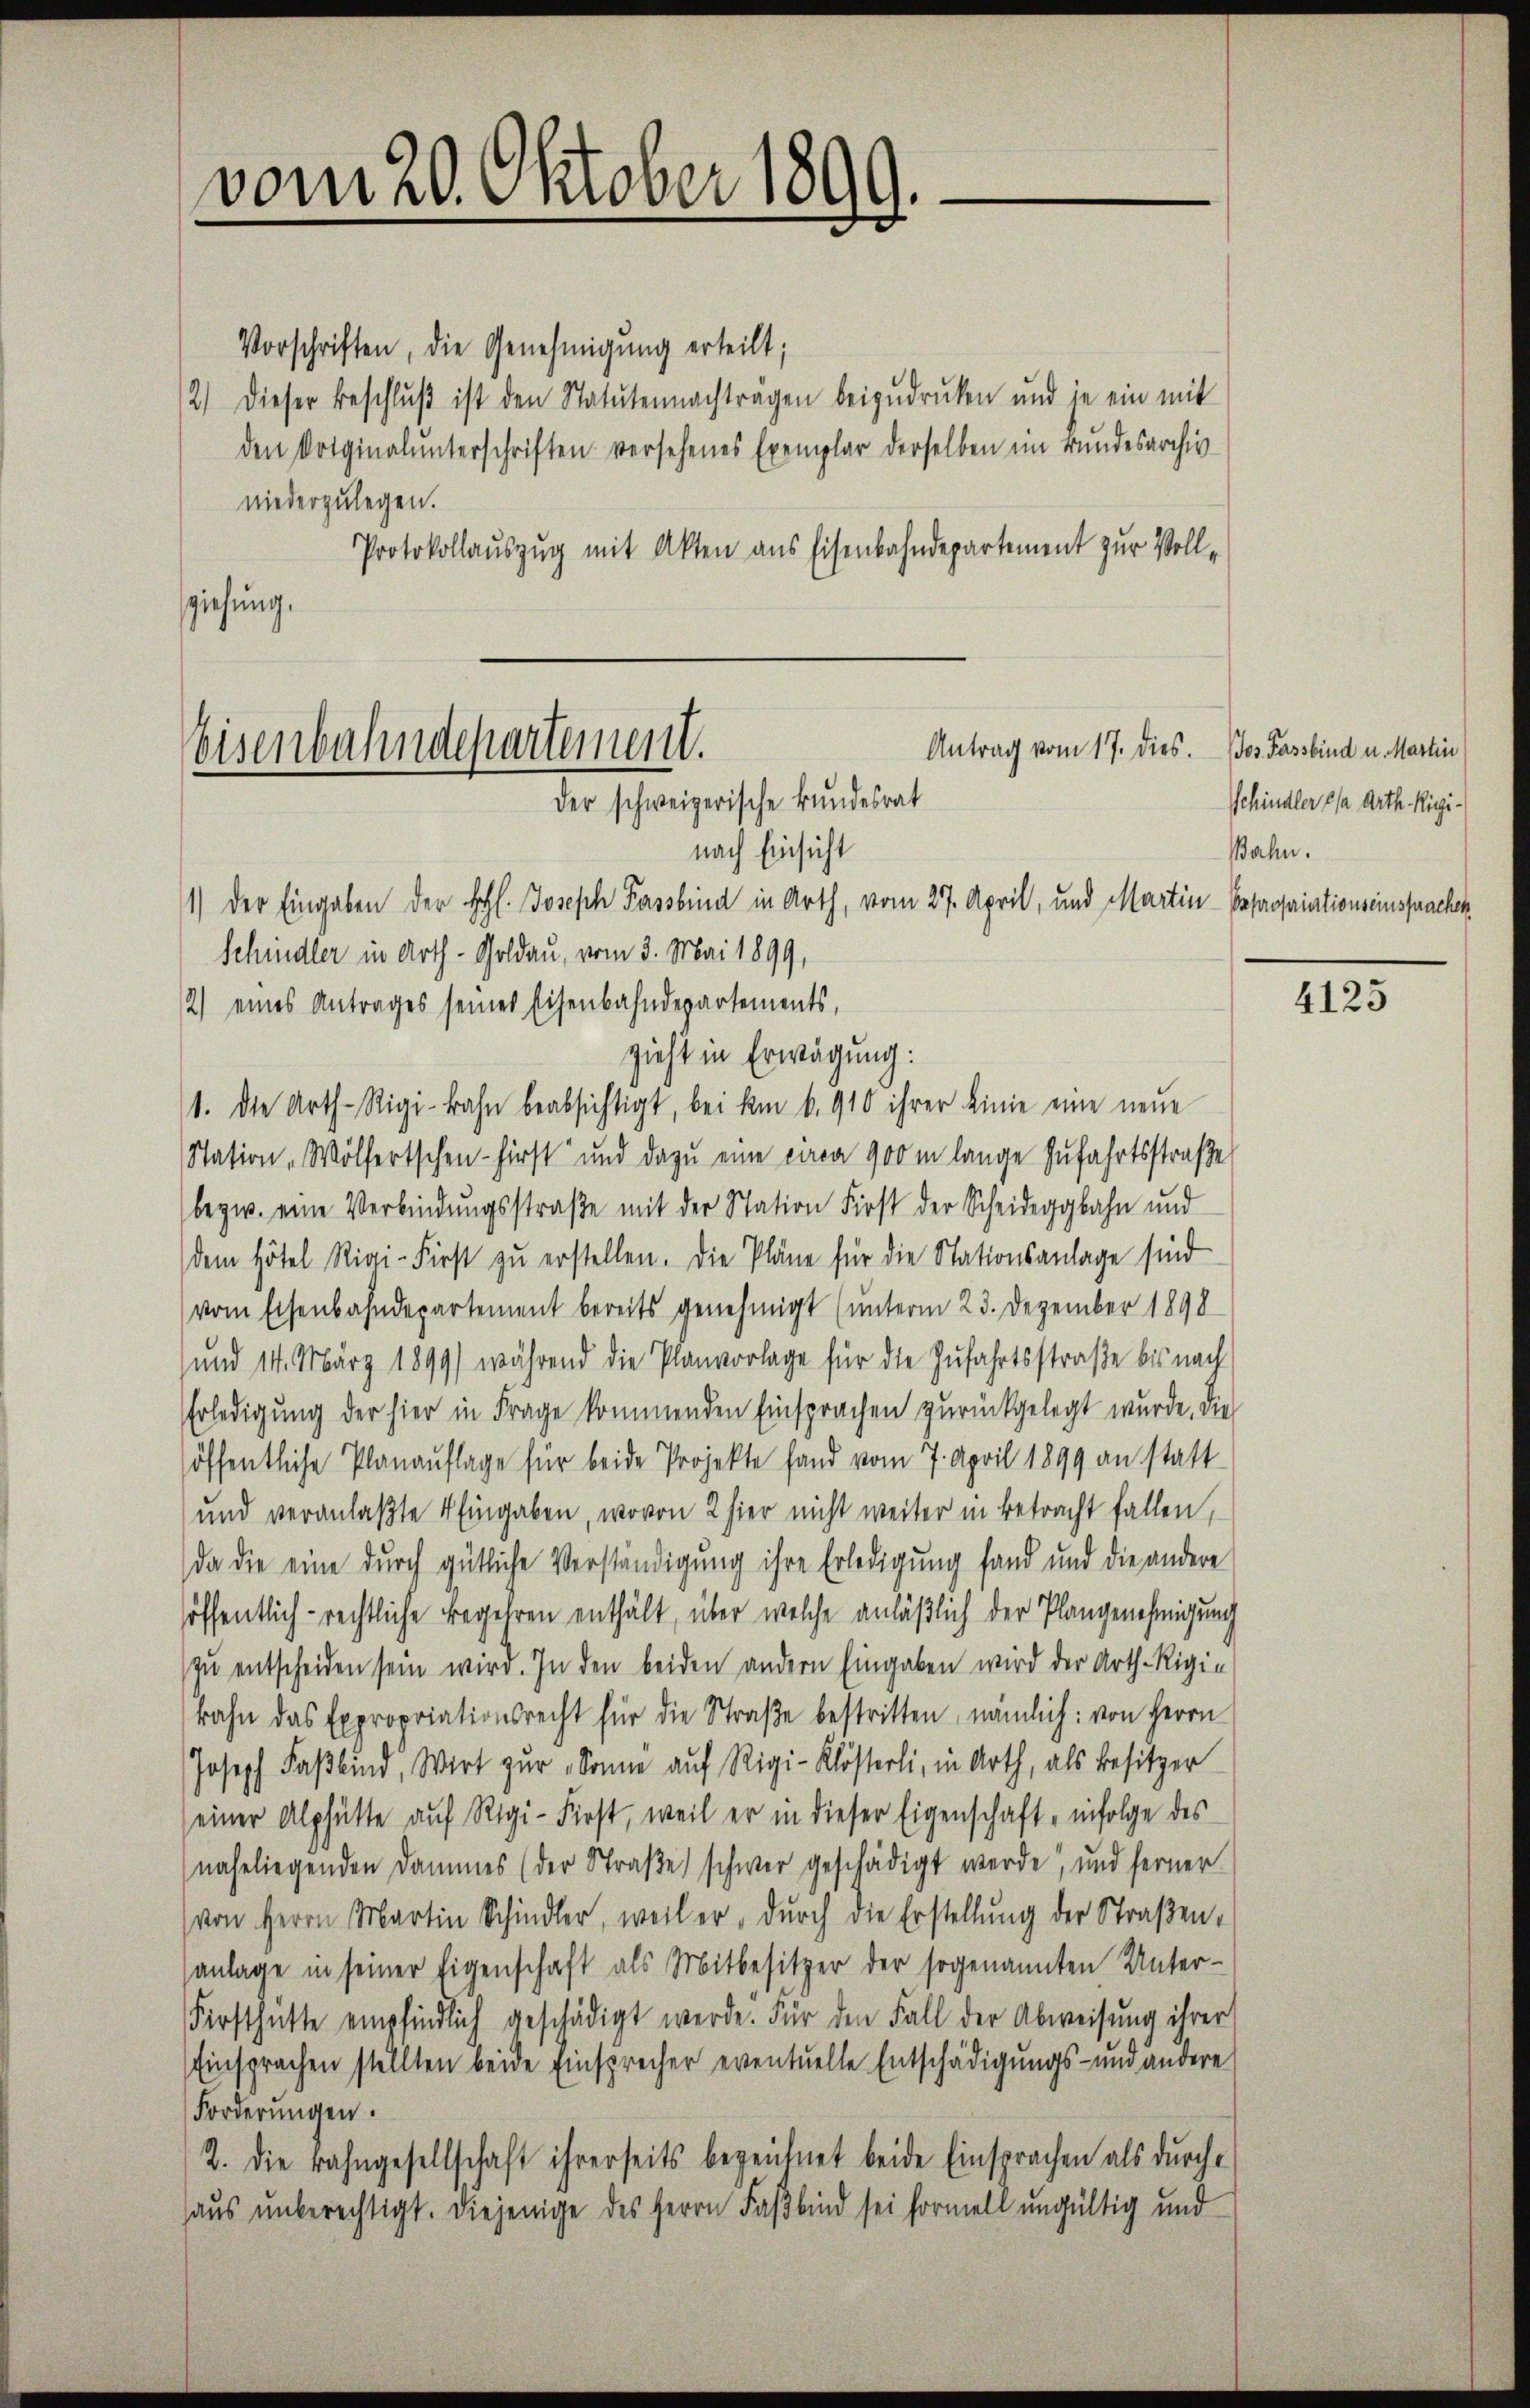
vom 20. Oktober 1899.

Vorschriften, die Genehmigung erteilt;
2) Dieser Beschlŭβ ist den Statutennachträgen beizudrucken und in ein mit
den Votginalunterschriften versehenes Exemplar derselben im Bundesarchiv
niederzulegen.
Protokollauszug mit Akten aus Eisenbahndepartement zur Vollsziehung.

Antrag vom 17. dies.
eisenbahndepartement.
der schweizerische Bundesrat
nach Einsicht
11) Der Eingaben der Hohl. Joseph Passbina in Arth, vom 27. April, und Martin - Reprosaiationseinspracher
Schindler in Arth-Goldau, vom 3. Mai 1899,

2) eines Antrages seines Eisenbahndepartements,
zieht in Erwägung:
1. die Arth-Rigi-Bahn beabsichtigt, bei am 6. 910 ihrer Linie eine neue
Nation „Wölfertschen - hirst und dazu eine einen 900 m lange zufahrtsstraße
bezw. eine Verbindŭngsstraβe mit der Station First der Scheideggbahn und
(dem Hotel Rigi-First zu erstellen. Die Pläne für die Stationsanlage sind
(vom Eisenbahndepartement bereits genehmigt (unterm 23. Dezember 1898
und 14. März 1899) während die Planvorlage für die Zufahrtsstraße bis nach
Erledigung der hier in Frage kommenden Einsprachen zurückgelegt wurde, die
höffentliche Planauflage für beide Projekte fand vom 7. April 1899 an statt-
und veranlaßte 4 Eingaben, wovon 2 hier nicht weiter in betracht fallen,
da die eine durch gütliche Verständigung ihre Erledigung fand und die andere
höffentlich-rechtliche Begehren enthält, über welche anläßlich der Plangenehmigung
zŭ entscheiden sein wird. In den beiden andern Eingaben wird der Arth. Rigin
bahn das Expropriationsrecht für die Straβe bestritten, nämlich: von Herrn
Joseph Faβbind, Wirt zur Sonne auf Rigi-Klösterli, in Arth, als Besitzer
seiner Alphütte aŭf Rigi-First, weil er in dieser Eigenschaft, infolge des
naheliegenden Dammes (der Straße schwer geschädigt werde, und ferner
von Herrn Martin Schindler, weil er, durch die Erstellung der Straßenanlage in seiner Eigenschaft als Mitbesitzer der sogenannten Unter-
Firsthütte empfindlich geschädigt werde. Für den Fall der Abweisung ihrer
Einsprachen stellten beide Einsprecher eventuelle Entschädigungs- und andere
Forderŭngen.
2. Die Bahngesellschaft ihrerseits bezeichnet beide Einsprachen als dŭrche
haus unberechtigt. Diejenige des Herrn Faßbind sei formell ungültig und

Jos. Fassbind u. Martin
Schindler, da Arth. Rigi¬
Bahn.

4125